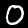
Label: 0